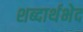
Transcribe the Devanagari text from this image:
शब्दार्थभेद